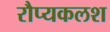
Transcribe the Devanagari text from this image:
रौप्यकलश